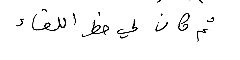
ثم كان لي حظ اللقاء